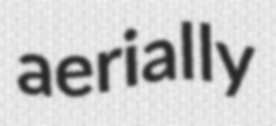
aerially